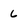
Character: 6